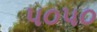
૫૦૫૦